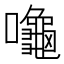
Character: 𪚩